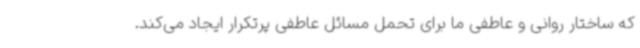
که ساختار روانی و عاطفی ما برای تحمل مسائل عاطفی پرتکرار ایجاد می‌کند.